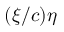
( \xi / c ) \eta